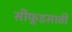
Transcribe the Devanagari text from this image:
सीफूडसाठी